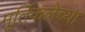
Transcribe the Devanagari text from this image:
मूर्तिकलेच्या